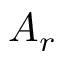
A _ { r }